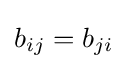
b_{ij}=b_{ji}